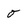
Character: o